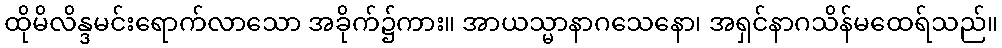
ထိုမိလိန္ဒမင်းရောက်လာသော အခိုက်၌ကား။ အာယသ္မာနာဂသေနော၊ အရှင်နာဂသိန်မထေရ်သည်။